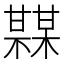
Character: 𤯏